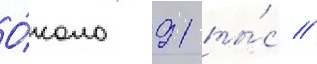
О́коло 91 ты́с //